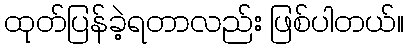
ထုတ်ပြန်ခဲ့ရတာလည်း ဖြစ်ပါတယ်။